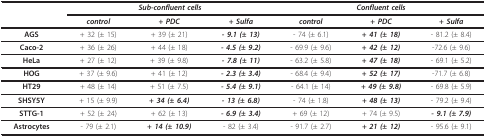
<table><thead><tr><td></td><td colspan="3"><b><i>Sub-confluent cells</i></b></td><td colspan="3"><b><i>Confluent cells</i></b></td></tr><tr><td></td><td><b><i>control</i></b></td><td><b><i>+ PDC</i></b></td><td><b><i>+ Sulfa</i></b></td><td><b><i>control</i></b></td><td><b><i>+ PDC</i></b></td><td><b><i>+ Sulfa</i></b></td></tr></thead><tbody><tr><td><b>AGS</b></td><td>+ 32 (± 15)</td><td>+ 39 (± 21)</td><td><b><i>- 9.1 (± 13)</i></b></td><td>- 74 (± 6.1)</td><td><b><i>+ 41 (± 18)</i></b></td><td>- 81.2 (± 8.4)</td></tr><tr><td><b>Caco-2</b></td><td>+ 36 (± 26)</td><td>+ 44 (± 18)</td><td><b><i>- 4.5 (± 9.2)</i></b></td><td>- 69.9 (± 9.6)</td><td><b><i>+ 42 (± 12)</i></b></td><td>-72.6 (± 9.6)</td></tr><tr><td><b>HeLa</b></td><td>+ 27 (± 12)</td><td>+ 39 (± 9.8)</td><td><b><i>- 7.8 (± 11)</i></b></td><td>- 63.2 (± 5.8)</td><td><b><i>+ 47 (± 18)</i></b></td><td>- 69.1 (± 5.2)</td></tr><tr><td><b>HOG</b></td><td>+ 37 (± 9.6)</td><td>+ 41 (± 12)</td><td><b><i>- 2.3 (± 3.4)</i></b></td><td>- 68.4 (± 9.4)</td><td><b><i>+ 52 (± 17)</i></b></td><td>-71.7 (± 6.8)</td></tr><tr><td><b>HT29</b></td><td>+ 48 (± 14)</td><td>+ 51 (± 7.5)</td><td><b><i>- 5.4 (± 9.1)</i></b></td><td>- 64.1 (± 14)</td><td><b><i>+ 49 (± 9.8)</i></b></td><td>- 69.8 (± 5.9)</td></tr><tr><td><b>SHSY5Y</b></td><td>+ 15 (± 9.9)</td><td><b><i>+ 34 (± 6.4)</i></b></td><td><b><i>- 13 (± 6.8)</i></b></td><td>- 74 (± 1.8)</td><td><b><i>+ 48 (± 13)</i></b></td><td>- 79.2 (± 9.4)</td></tr><tr><td><b>STTG-1</b></td><td>+ 52 (± 24)</td><td>+ 62 (± 13)</td><td><b><i>- 6.9 (± 3.4)</i></b></td><td>+ 69 (± 12)</td><td>+ 74 (± 9.5)</td><td><b><i>- 9.1 (± 7.9)</i></b></td></tr><tr><td><b>Astrocytes</b></td><td>- 79 (± 2.1)</td><td><b><i>+ 14 (± 10.9)</i></b></td><td>- 82 (± 3.4)</td><td>- 91.7 (± 2.7)</td><td><b><i>+ 21 (± 12)</i></b></td><td>- 95.6 (± 9.1)</td></tr></tbody></table>